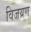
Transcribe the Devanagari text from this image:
विजय्रण